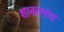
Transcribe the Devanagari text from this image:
शाक्तानंद